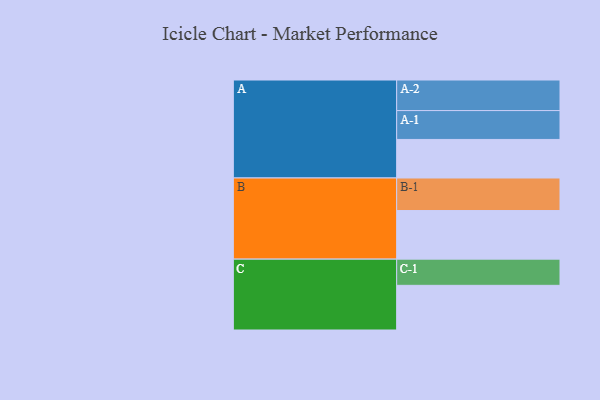
{"axis": {"x": "Segment", "y": "Value"}, "legend": ["", "A", "B", "C"], "data": [{"x": "A", "y": 334, "type": ""}, {"x": "B", "y": 421, "type": ""}, {"x": "C", "y": 387, "type": ""}, {"x": "A-1", "y": 250, "type": "A"}, {"x": "A-2", "y": 265, "type": "A"}, {"x": "B-1", "y": 282, "type": "B"}, {"x": "C-1", "y": 227, "type": "C"}]}